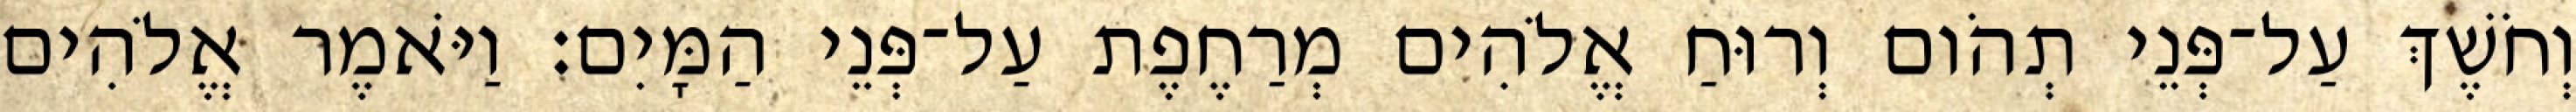
וְחֹשֶׁךְ עַל־פְּנֵי תְהֹום וְרוּחַ אֱלֹהִים מְרַחֶפֶת עַל־פְּנֵי הַמָּיִם׃ וַיֹּאמֶר אֱלֹהִים